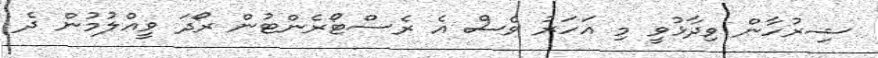
ޝިރުހާން ވިދާޅުވީ މި އަހަރު ވެސް އެ ރެސްޓޯރެންޓުން ރޯދަ ވީއްލުމުން ދެ